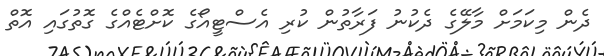
ދެން މިކަމަށް މާލޭގެ ދެކުނު ފަރާތުން ކުރި އެސްޓީއޯގެ ކޮށްޓެއްގެ ގޮތުގައި އޮތް